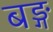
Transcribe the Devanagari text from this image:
बङ्ग